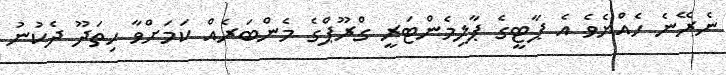
ނެރޭނެ ހެއްޔެވެ އެ ޕާޓީގެ ޕާލިމެންޓަރީ ގްރޫޕްގެ މެންބަރެއް ކަމަށްވާ ހިތަދޫ ދެކުނު